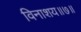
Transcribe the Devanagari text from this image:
विनाशय॥७॥